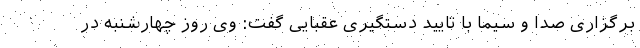
برگزاری صدا و سیما با تایید دستگیری عقبایی گفت: وی روز چهارشنبه در